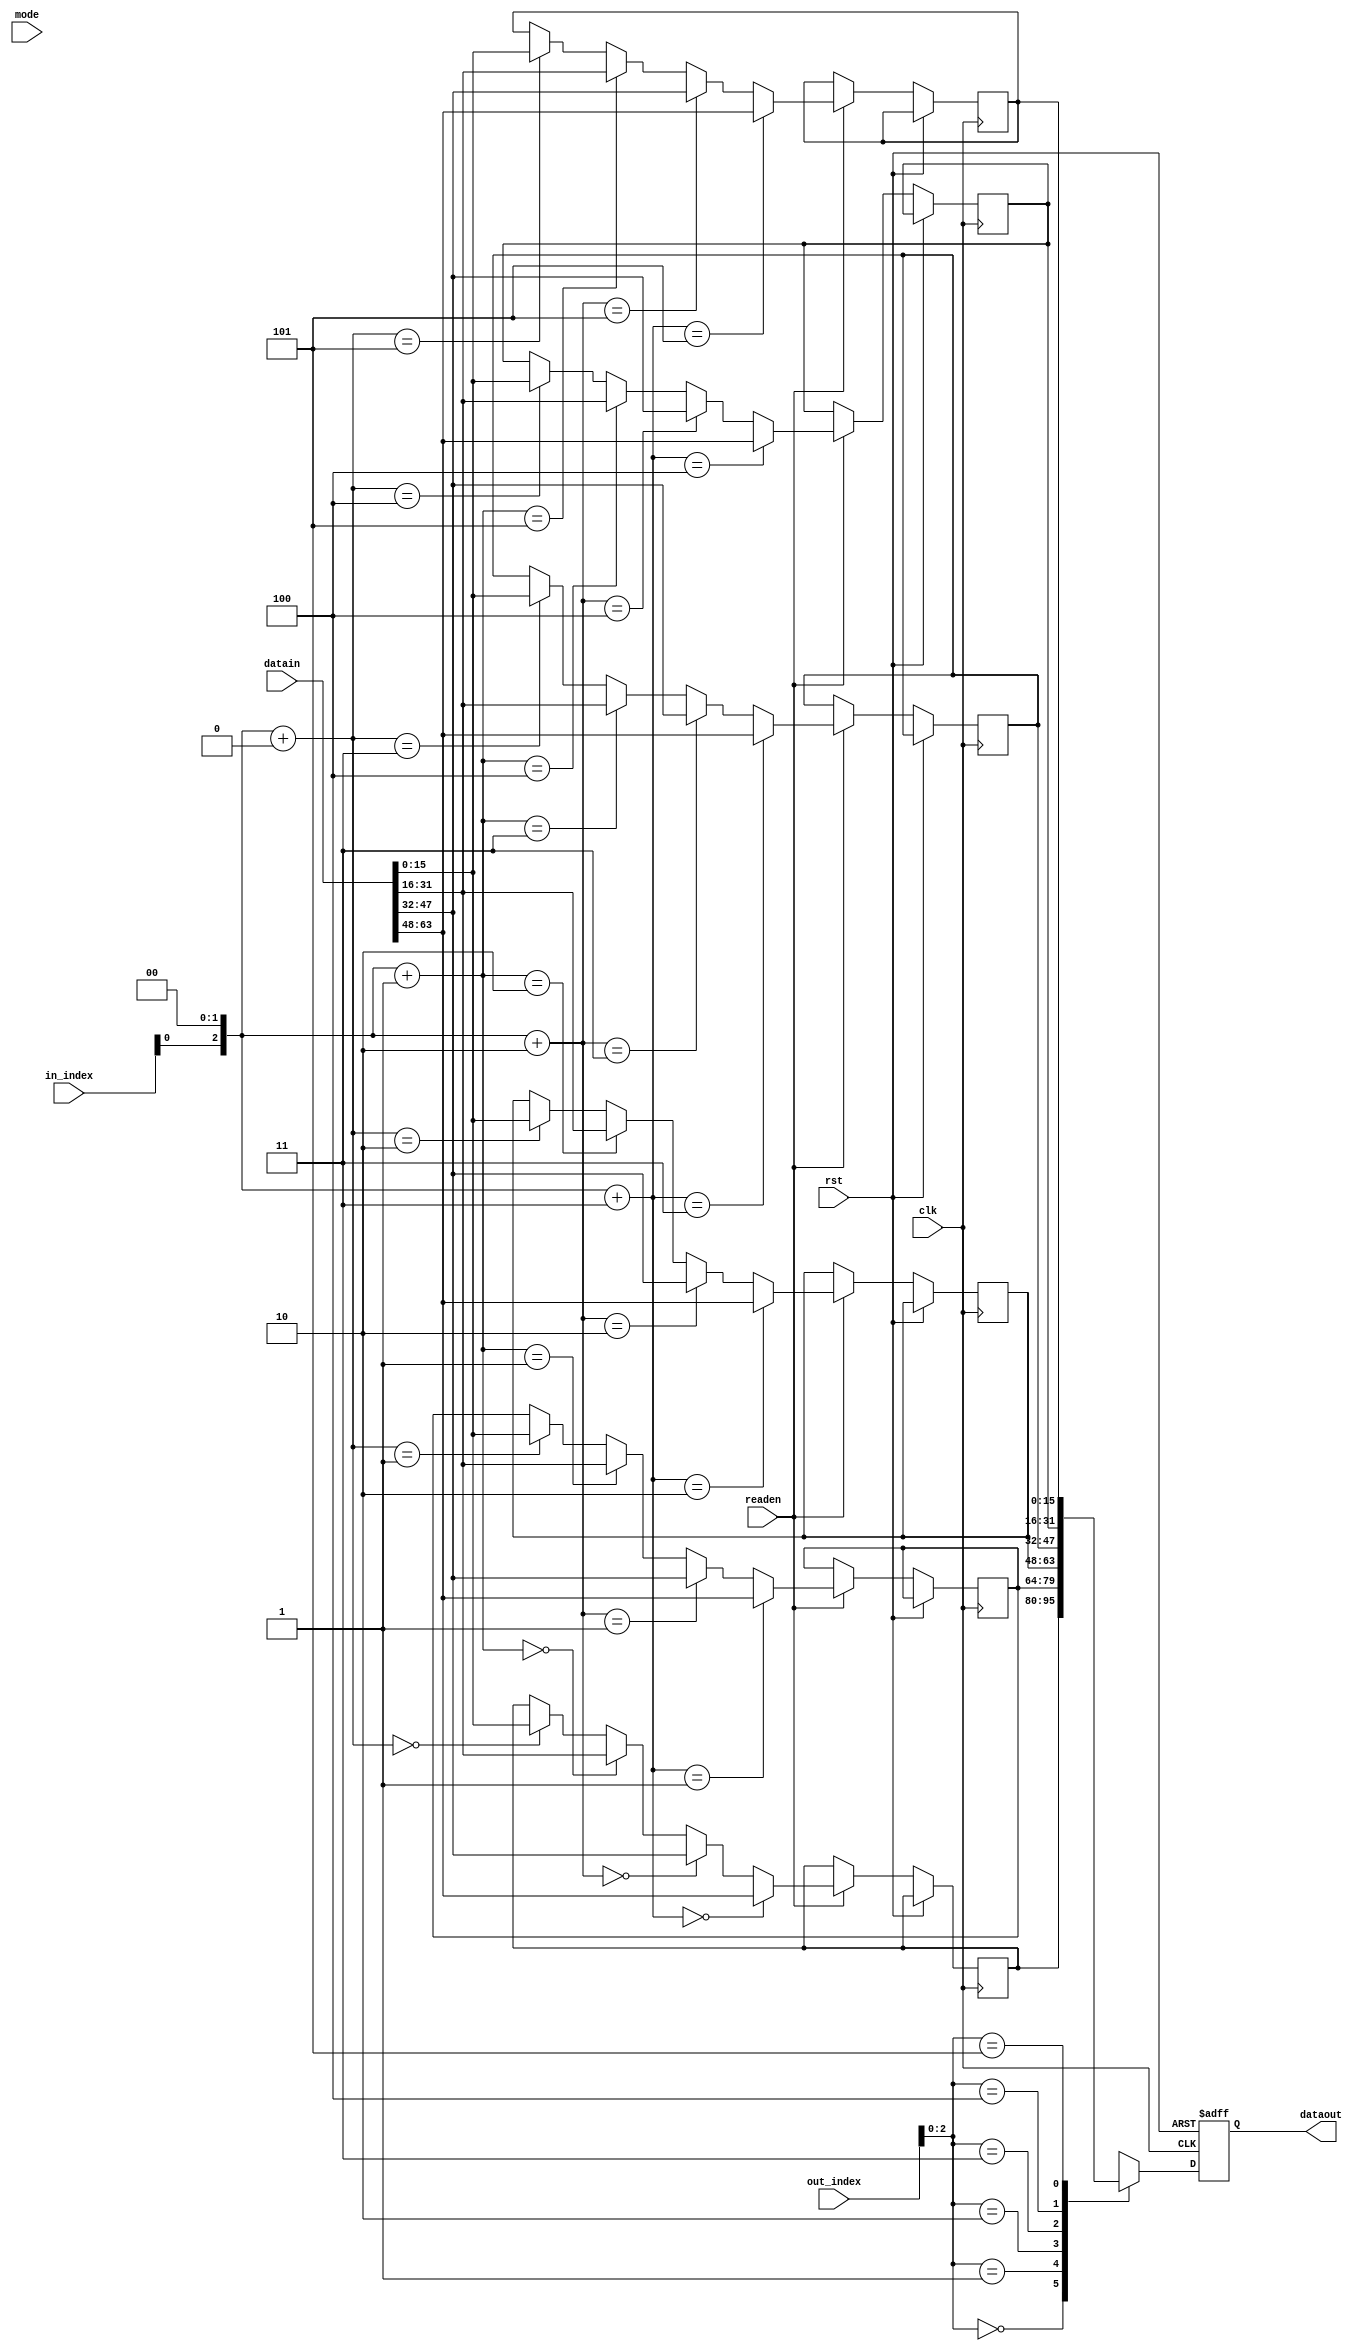
module biasBuf(clk, rst, mode, readen, in_index, out_index, datain, dataout);

input clk, rst, readen;
input [2:0] mode;
input [6:0] in_index;
input [63:0] datain;
input [6:0] out_index;

output reg [15:0] dataout;

reg [15:0] buffer [5:0];


always@(posedge clk or posedge rst)begin
	if(rst)begin
		dataout <= 16'd0;
	end
	else begin
		if(readen)begin
			buffer[(in_index<<2)+0] <= datain[15:0 ];
			buffer[(in_index<<2)+1] <= datain[31:16];
			buffer[(in_index<<2)+2] <= datain[47:32];
			buffer[(in_index<<2)+3] <= datain[63:48];
		end
		dataout <= buffer[out_index];
	end
end


endmodule